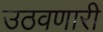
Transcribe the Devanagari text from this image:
उठवणारी